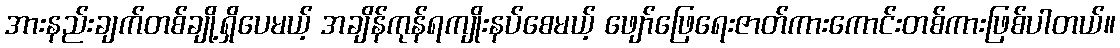
အားနည်းချက်တစ်ချို့ရှိပေမယ့် အချိန်ကုန်ရကျိုးနပ်စေမယ့် ဖျော်ဖြေရေးဇာတ်ကားကောင်းတစ်ကားဖြစ်ပါတယ်။